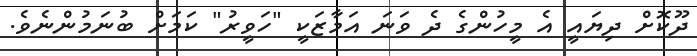
ދޫކޮށް ދިޔައީ އެ މީހުންގެ ދެ ވަނަ އަމާޒަކީ "ހަވީރު" ކަމަށް ބުނަމުންނެވެ.